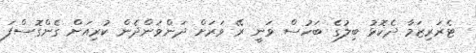
ޓެރަރިޒަމާ ދެކޮޅު ބިލުގެ ބަހުސް ވަނީ ރޭ ވަރަށް ދަންވަންދެން ކުރިއަށް ގެންގޮސްފަ